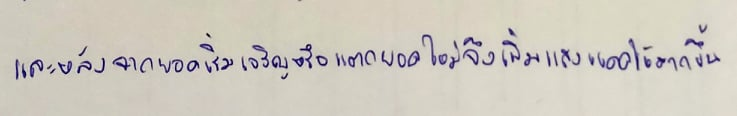
และหลังจากยอดเริ่มเจริญหรือแตกยอดใหม่จึงเพิ่มแสงแดดให้มากขึ้น